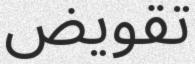
تقويض